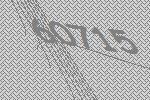
60715